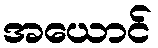
အယောင်